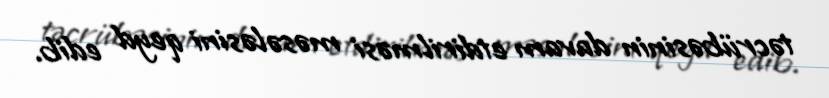
təcrübəsinin davam etdirilməsi məsələsini qeyd edib.